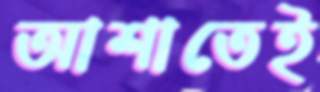
আশাতেই